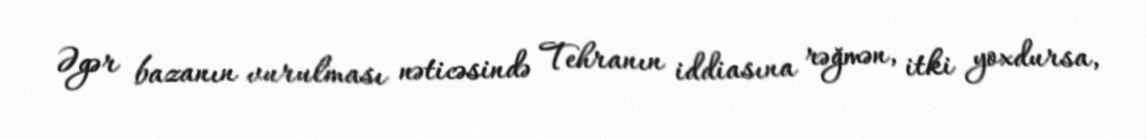
Əgər bazanın vurulması nəticəsində Tehranın iddiasına rəğmən, itki yoxdursa,